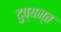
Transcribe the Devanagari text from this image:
दु्ष्यन्त